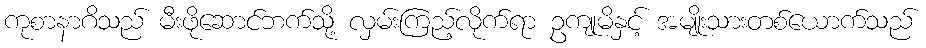
ကုစာနာဂိသည် မီးဖိုဆောင်ဘက်သို့ လှမ်းကြည့်လိုက်ရာ ဥကျုမိနှင့် အမျိုးသားတစ်ယောက်သည်